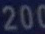
200